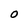
Character: O